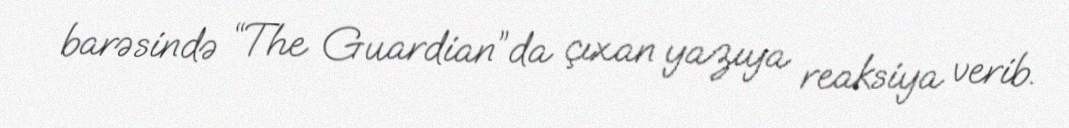
barəsində “The Guardian”da çıxan yazıya reaksiya verib.